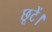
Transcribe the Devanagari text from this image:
छूटें।